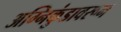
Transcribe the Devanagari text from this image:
अग्निकुंडावरून